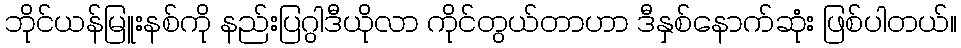
ဘိုင်ယန်မြူးနစ်ကို နည်းပြဂွါဒီယိုလာ ကိုင်တွယ်တာဟာ ဒီနှစ်နောက်ဆုံး ဖြစ်ပါတယ်။